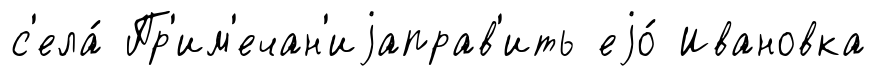
с'ела́ Пр'им'ечан'иjаправ'ить еjо́ Ивановка